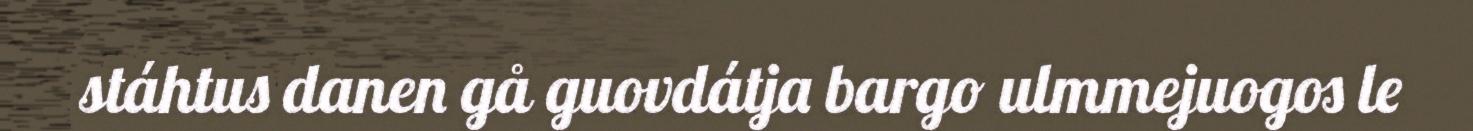
stáhtus danen gå guovdátja bargo ulmmejuogos le